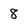
Character: 8